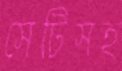
সেটিসহ